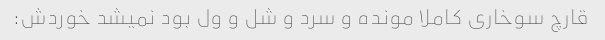
قارچ سوخاری کاملا مونده و سرد و شل و ول بود نمیشد خوردش: